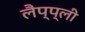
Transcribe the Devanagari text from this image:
लैप्प्ली